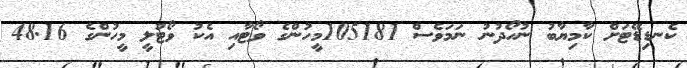
ކެނޑިޑޭޓަށް ކާމިޔާބު ނުހޯދުނު ނަމަވެސް 105181މީހުންގެ ވޯޓާއި އެކު ވޯޓުލީ މީހުންގެ 48.16